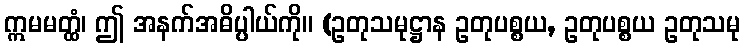
ဣမမတ္ထံ၊ ဤ အနက်အဓိပ္ပါယ်ကို။ (ဥတုသမုဋ္ဌာန ဥတုပစ္စယ, ဥတုပစ္စယ ဥတုသမု